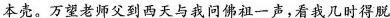
本壳。万望老师父到西天与我问佛祖一声，看我几时得脱